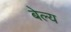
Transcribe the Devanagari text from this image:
बेल्य